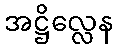
အဋ္ဌိလ္လေန